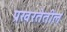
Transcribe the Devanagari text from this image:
प्रखरतेतील